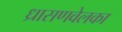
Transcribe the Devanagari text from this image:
ध्रासणवेलका